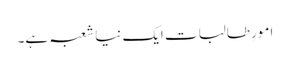
امورِ طالبات ایک نیا شعبہ ہے۔